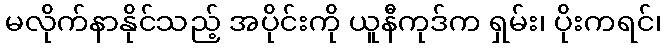
မလိုက်နာနိုင်သည့် အပိုင်းကို ယူနီကုဒ်က ရှမ်း၊ ပိုးကရင်၊